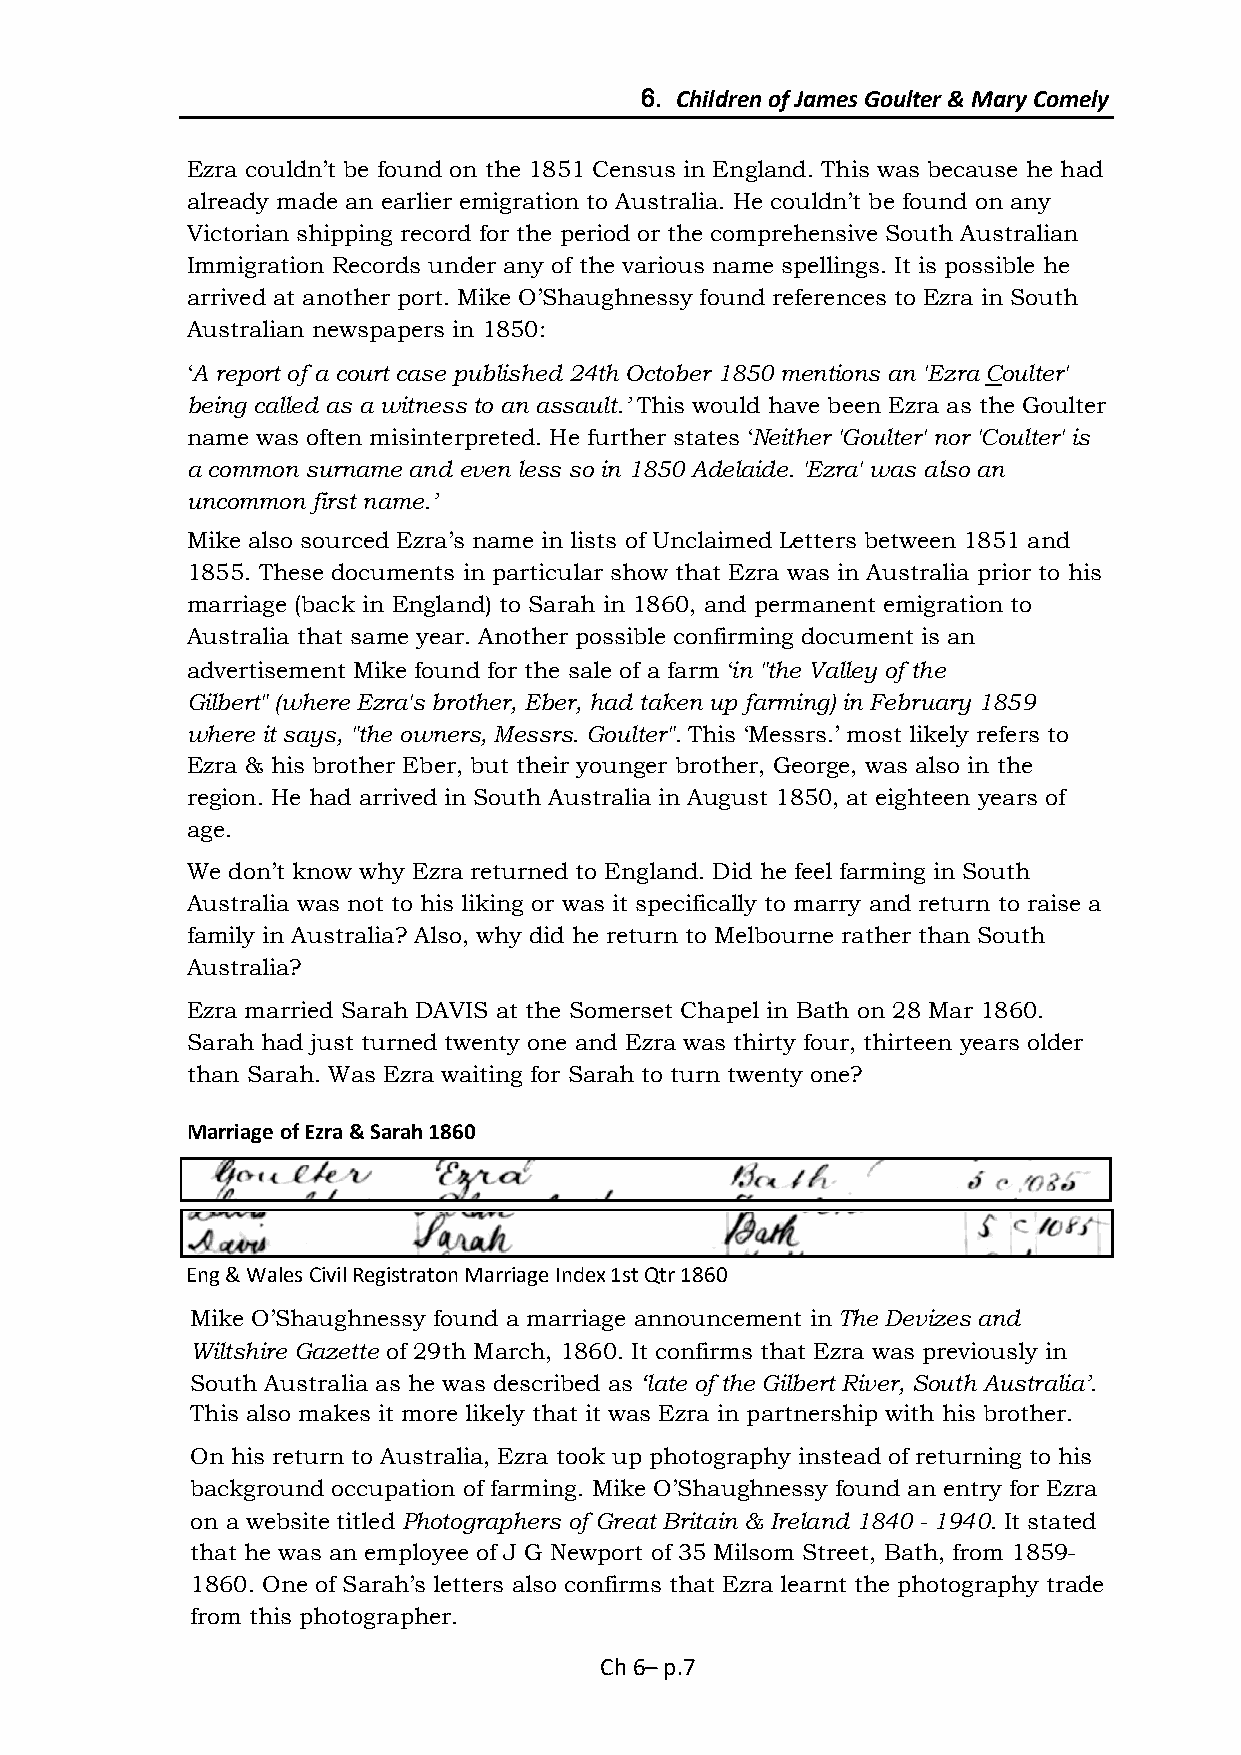
6. Children of James Goulter & Mary Comely
 Ezra couldn’t be found on the 1851 Census in England. This was because he had
 already made an earlier emigration to Australia. He couldn’t be found on any
 Victorian shipping record for the period or the comprehensive South Australian
 Immigration Records under any of the various name spellings. It is possible he
 arrived at another port. Mike O’Shaughnessy found references to Ezra in South
 Australian newspapers in 1850:
 ‘A report of a court case published 24th October 1850 mentions an 'Ezra Coulter'
 being called as a witness to an assault.’ This would have been Ezra as the Goulter
 name was often misinterpreted. He further states ‘Neither 'Goulter' nor 'Coulter' is
 a common surname and even less so in 1850 Adelaide. 'Ezra' was also an
 uncommon first name.’
 Mike also sourced Ezra’s name in lists of Unclaimed Letters between 1851 and
 1855. These documents in particular show that Ezra was in Australia prior to his
 marriage (back in England) to Sarah in 1860, and permanent emigration to
 Australia that same year. Another possible confirming document is an
 advertisement Mike found for the sale of a farm ‘in "the Valley of the
 Gilbert" (where Ezra's brother, Eber, had taken up farming) in February 1859
 where it says, "the owners, Messrs. Goulter". This ‘Messrs.’ most likely refers to
 Ezra & his brother Eber, but their younger brother, George, was also in the
 region. He had arrived in South Australia in August 1850, at eighteen years of
 age.
 We don’t know why Ezra returned to England. Did he feel farming in South
 Australia was not to his liking or was it specifically to marry and return to raise a
 family in Australia? Also, why did he return to Melbourne rather than South
 Australia?
 Ezra married Sarah DAVIS at the Somerset Chapel in Bath on 28 Mar 1860.
 Sarah had just turned twenty one and Ezra was thirty four, thirteen years older
 than Sarah. Was Ezra waiting for Sarah to turn twenty one?
 Marriage of Ezra & Sarah 1860
 Eng & Wales Civil Registraton Marriage Index 1st Qtr 1860
 Mike O’Shaughnessy found a marriage announcement in The Devizes and
 Wiltshire Gazette of 29th March, 1860. It confirms that Ezra was previously in
 South Australia as he was described as ‘late of the Gilbert River, South Australia’.
 This also makes it more likely that it was Ezra in partnership with his brother.
 On his return to Australia, Ezra took up photography instead of returning to his
 background occupation of farming. Mike O’Shaughnessy found an entry for Ezra
 on a website titled Photographers of Great Britain & Ireland 1840 - 1940. It stated
 that he was an employee of J G Newport of 35 Milsom Street, Bath, from 1859-
 1860. One of Sarah’s letters also confirms that Ezra learnt the photography trade
 from this photographer.
 Ch 6– p.7